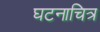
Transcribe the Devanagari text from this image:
घटनाचित्र